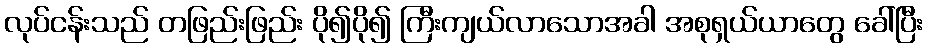
လုပ်ငန်းသည် တဖြည်းဖြည်း ပို၍ပို၍ ကြီးကျယ်လာသောအခါ အစုရှယ်ယာတွေ ခေါ်ပြီး